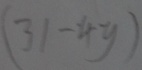
( 3 1 - 4 y )